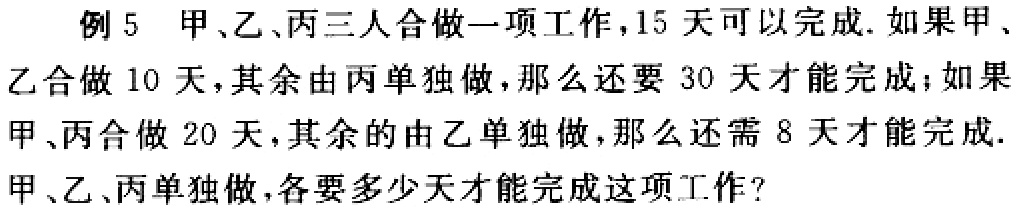
例5 甲、乙、丙三人合做一项工作，15 天可以完成.如果甲、乙合做 10 天，其余由丙单独做，那么还要 30 天才能完成；如果甲、丙合做 20 天，其余的由乙单独做，那么还需 8 天才能完成.甲、乙、丙单独做，各要多少天才能完成这项工作?